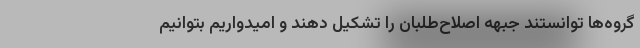
گروه‌ها توانستند جبهه اصلاح‌طلبان را تشکیل دهند و امیدواریم بتوانیم